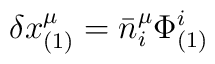
\delta x^\mu_{(1)}=\bar{n}^\mu_{i}\Phi^{i}_{(1)}